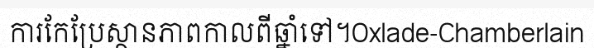
ការកែប្រែស្ថានភាពកាលពីឆ្នាំទៅ។Oxlade-Chamberlain